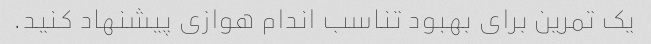
یک تمرین برای بهبود تناسب اندام هوازی پیشنهاد کنید.